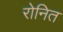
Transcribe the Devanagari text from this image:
रोनित